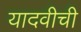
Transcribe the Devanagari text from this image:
यादवीची